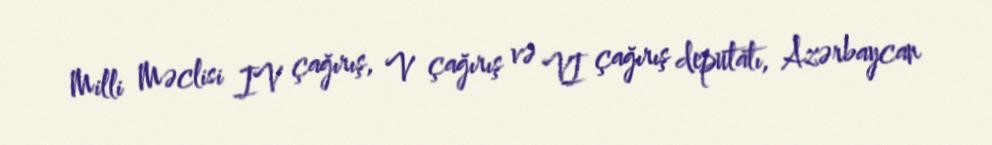
Milli Məclisi IV çağırış, V çağırış və VI çağırış deputatı, Azərbaycan